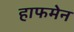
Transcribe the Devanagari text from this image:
हाफमेन